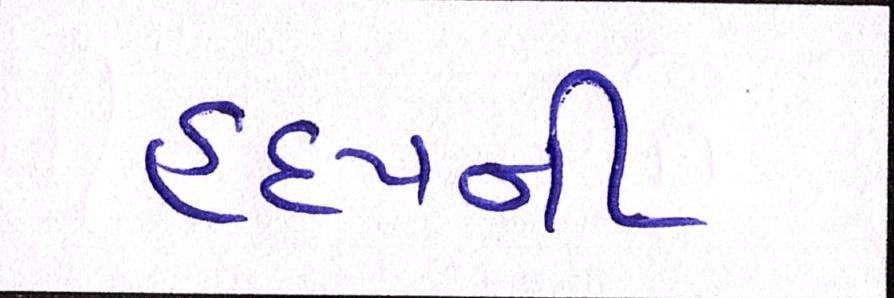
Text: હૃદયની